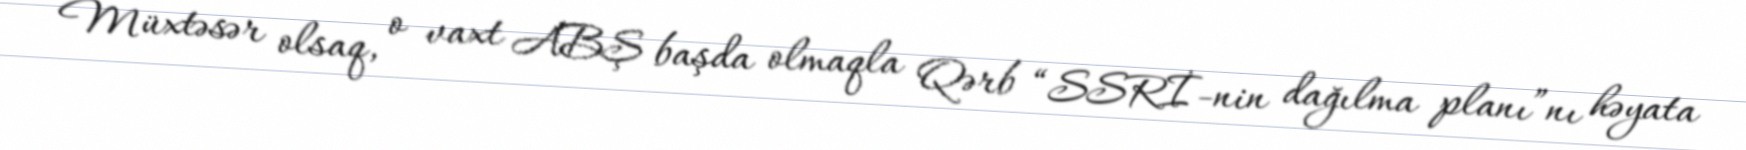
Müxtəsər olsaq, o vaxt ABŞ başda olmaqla Qərb “SSRİ-nin dağılma planı”nı həyata